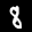
Label: 8